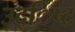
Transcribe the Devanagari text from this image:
उद्िष्ट